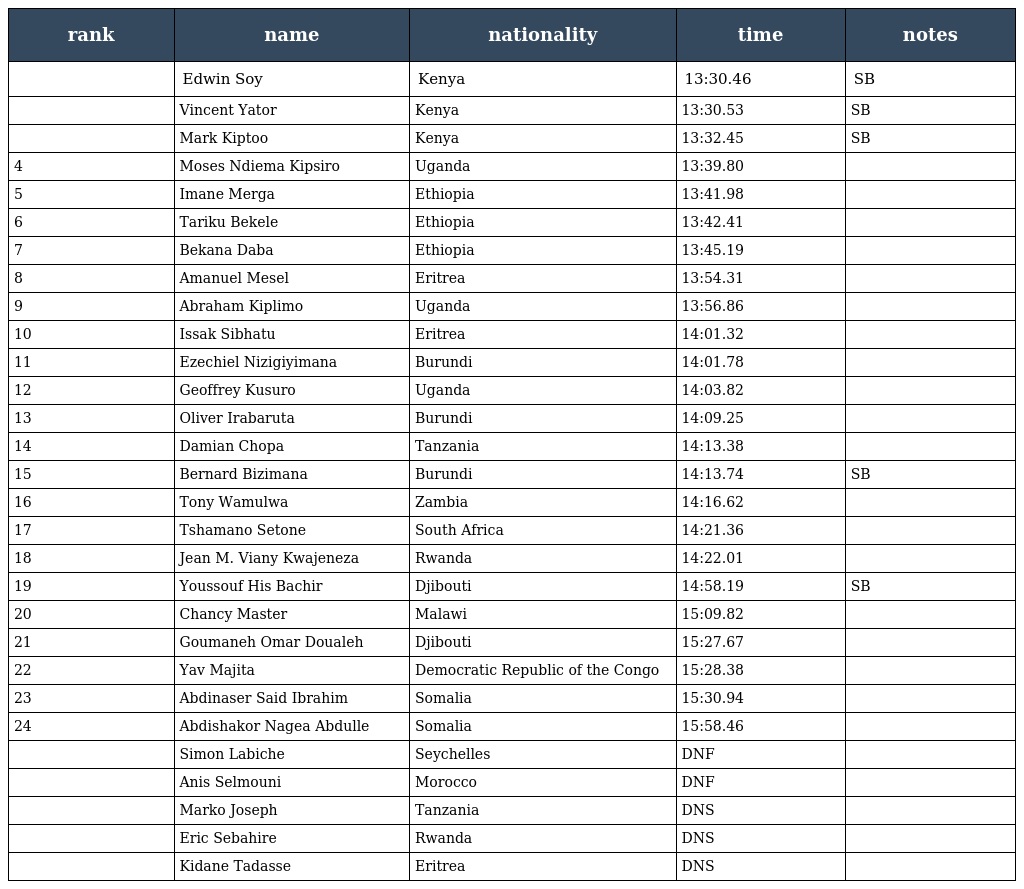
| rank | name | nationality | time | notes |
 | --- | --- | --- | --- | --- |
 |  | Edwin Soy | Kenya | 13:30.46 | SB |
 |  | Vincent Yator | Kenya | 13:30.53 | SB |
 |  | Mark Kiptoo | Kenya | 13:32.45 | SB |
 | 4 | Moses Ndiema Kipsiro | Uganda | 13:39.80 |  |
 | 5 | Imane Merga | Ethiopia | 13:41.98 |  |
 | 6 | Tariku Bekele | Ethiopia | 13:42.41 |  |
 | 7 | Bekana Daba | Ethiopia | 13:45.19 |  |
 | 8 | Amanuel Mesel | Eritrea | 13:54.31 |  |
 | 9 | Abraham Kiplimo | Uganda | 13:56.86 |  |
 | 10 | Issak Sibhatu | Eritrea | 14:01.32 |  |
 | 11 | Ezechiel Nizigiyimana | Burundi | 14:01.78 |  |
 | 12 | Geoffrey Kusuro | Uganda | 14:03.82 |  |
 | 13 | Oliver Irabaruta | Burundi | 14:09.25 |  |
 | 14 | Damian Chopa | Tanzania | 14:13.38 |  |
 | 15 | Bernard Bizimana | Burundi | 14:13.74 | SB |
 | 16 | Tony Wamulwa | Zambia | 14:16.62 |  |
 | 17 | Tshamano Setone | South Africa | 14:21.36 |  |
 | 18 | Jean M. Viany Kwajeneza | Rwanda | 14:22.01 |  |
 | 19 | Youssouf His Bachir | Djibouti | 14:58.19 | SB |
 | 20 | Chancy Master | Malawi | 15:09.82 |  |
 | 21 | Goumaneh Omar Doualeh | Djibouti | 15:27.67 |  |
 | 22 | Yav Majita | Democratic Republic of the Congo | 15:28.38 |  |
 | 23 | Abdinaser Said Ibrahim | Somalia | 15:30.94 |  |
 | 24 | Abdishakor Nagea Abdulle | Somalia | 15:58.46 |  |
 |  | Simon Labiche | Seychelles | DNF |  |
 |  | Anis Selmouni | Morocco | DNF |  |
 |  | Marko Joseph | Tanzania | DNS |  |
 |  | Eric Sebahire | Rwanda | DNS |  |
 |  | Kidane Tadasse | Eritrea | DNS |  |